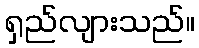
ရှည်လျားသည်။